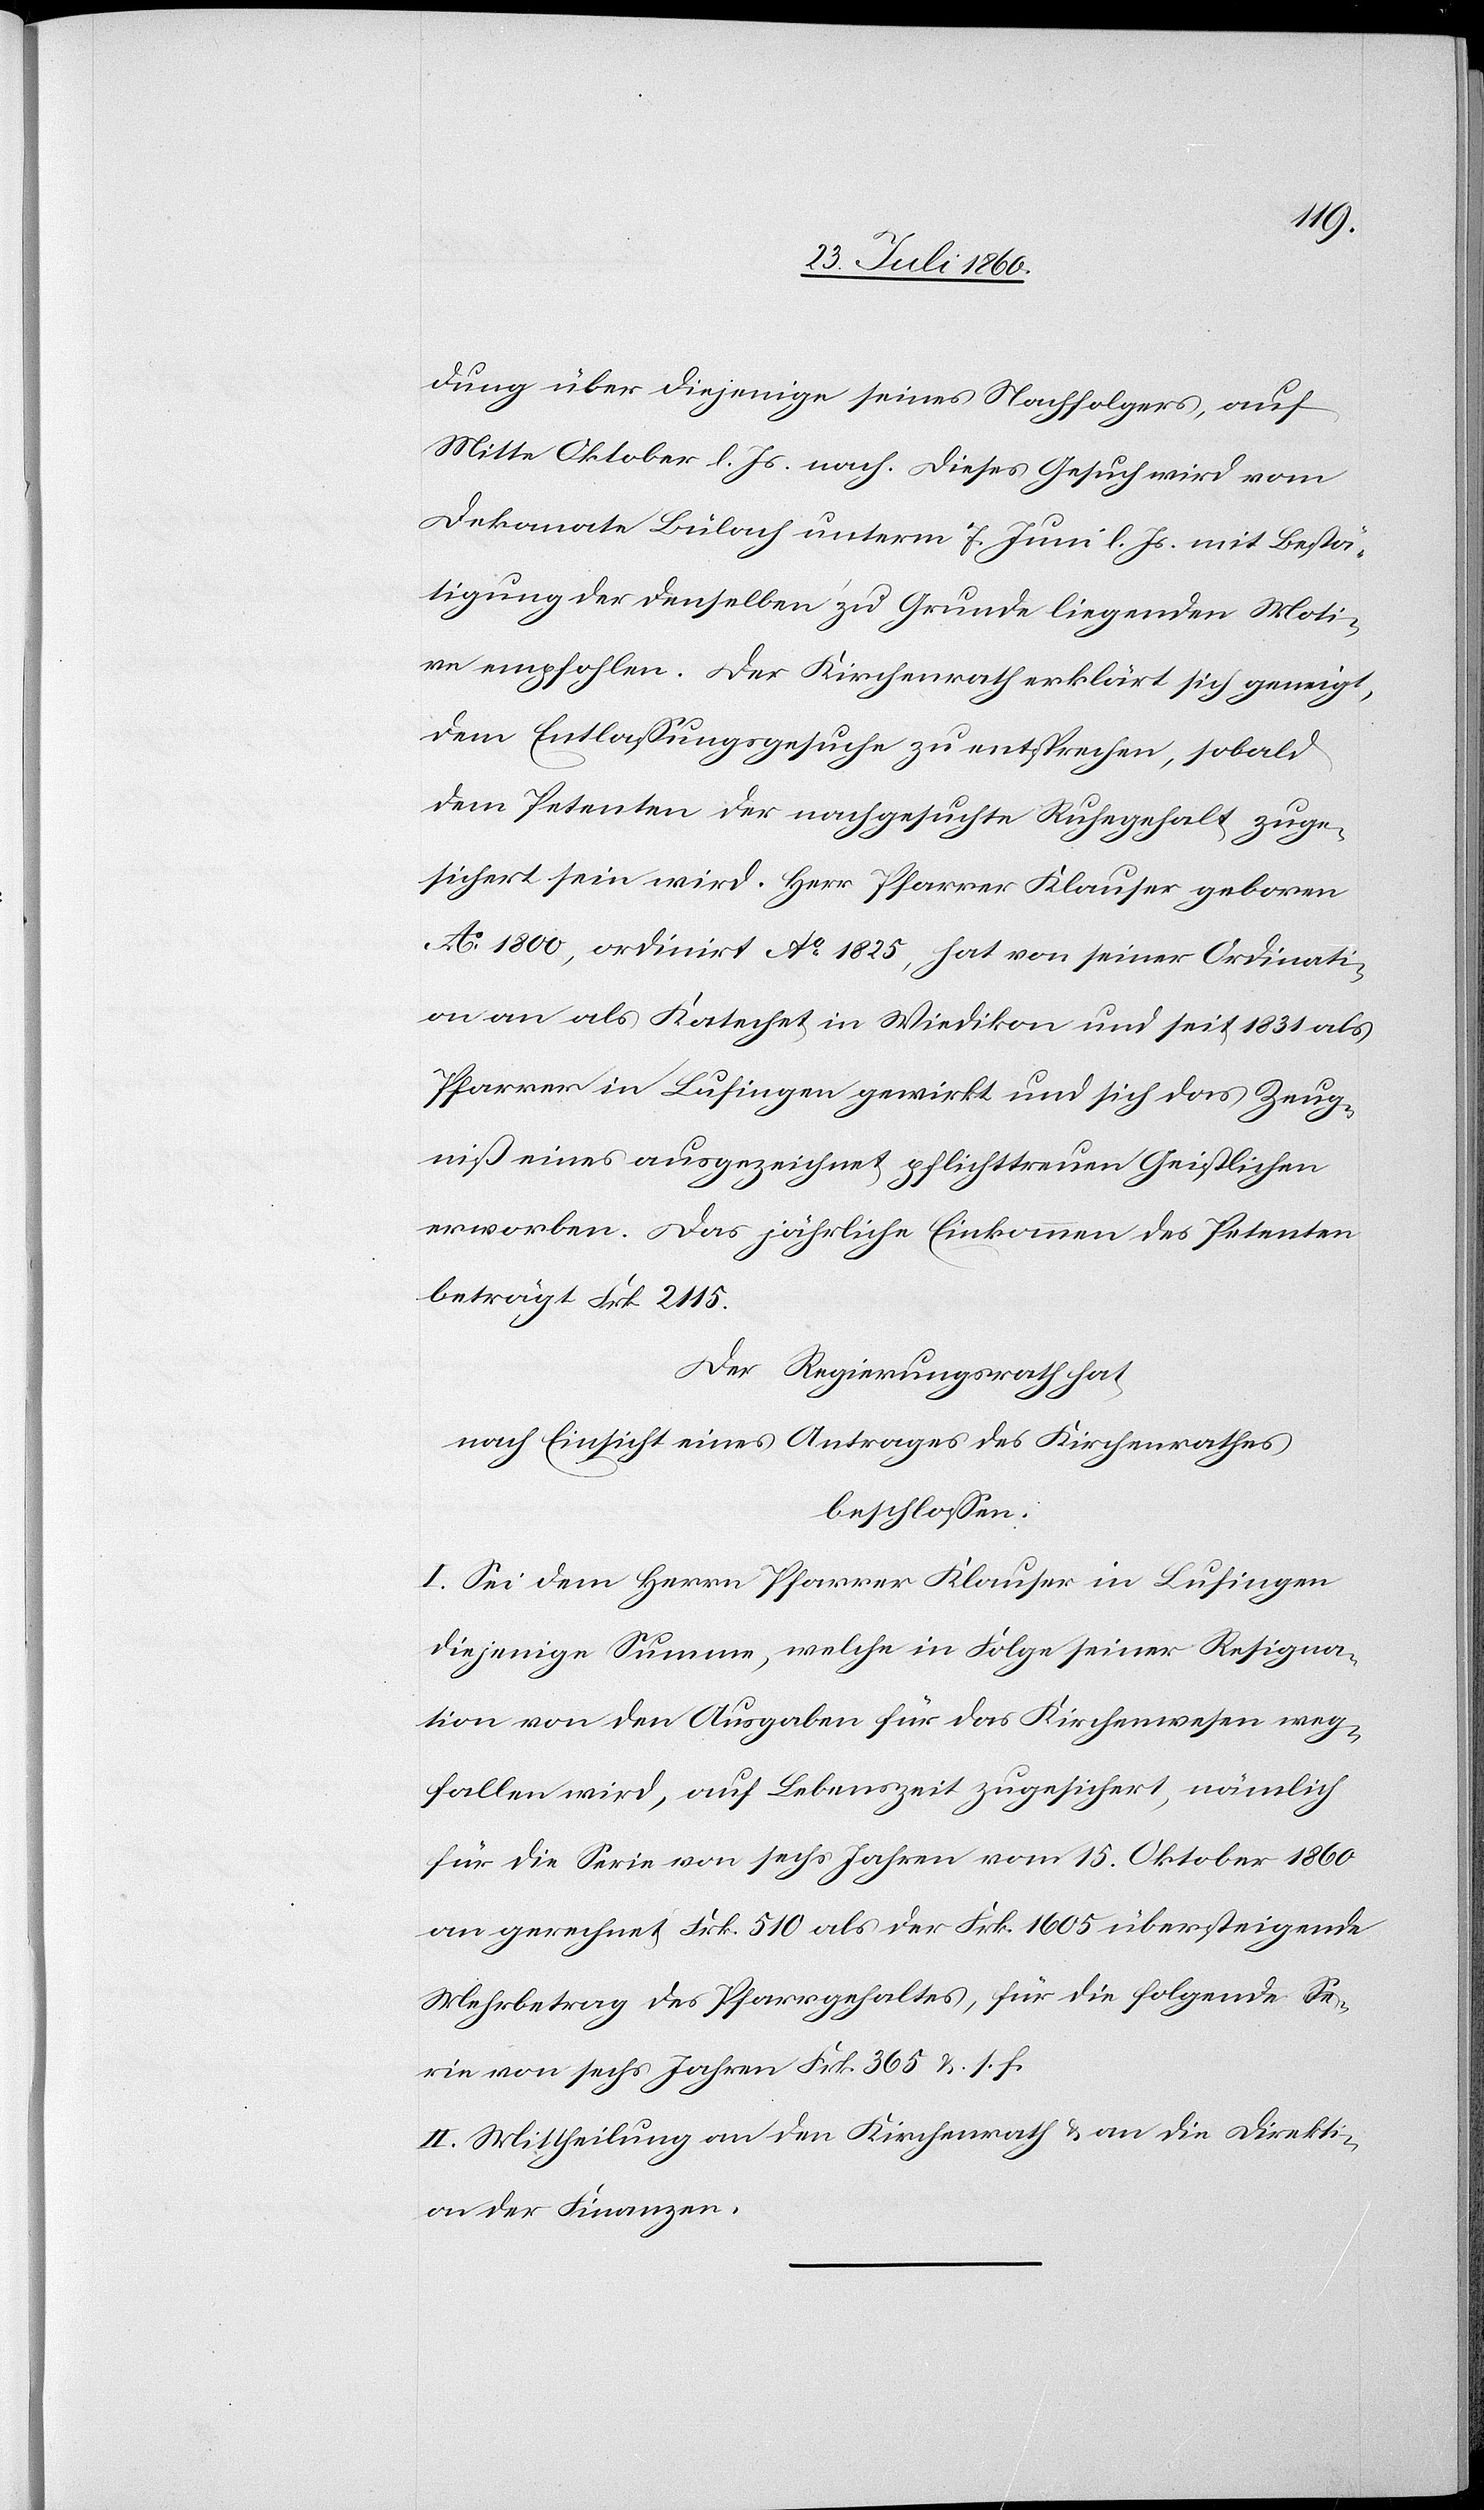
sol¬
dung über diejenigen seines Nachfolgers, auf
Mitte Oktober l. J. nach. Dieses Gesuch wird vom
Dekanate Bülach unterm 7. Juni l. Js. mit Bestä¬
tigung der denselben zu Grunde liegenden Moti¬
ve empfohlen. Der Kirchenrath erklärt sich geneigt,
dem Entlassungsgesuche zu entsprechen sobald
dem Petenten der nachgesuchte Ruhegehalt zuge¬
sichert sein wird. Herr Pfarrer Klauser, geboren
Ao 1800, ordinirt Ao 1825, hat von seiner Ordinati¬
on an als Katechet in Wiedikon und seit 1831 als
Pfarrer in Lufingen gewirkt, und sich das Zeug¬
niss eines ausgezeichnet pflichttreuen Geistlichen
erworben. Das jährliche Einkommen des Petenten
beträgt Frk. 2,115.
Der Regierungsrath hat,
nach Einsicht eines Antrages des Kirchenrathes
beschlossen:
I. Sei dem Herrn Pfarrer Klauser in Lufingen
diejenige Summe, welche in Folge seiner Resigna¬
tion von den Ausgaben für das Kirchenwesen weg¬
fallen wird, auf Lebenszeit zugesichert, nämlich
für die Serie von 6 Jahren vom 15 Oktober 1860
an gerechnet, fcs. 510 als der Frk. 1605 übersteigende
Mehrbetrag des Pfarrgehaltes, für die folgende Se¬
rie von 6 Jahren Frk. 365 u. s. f.
II. Mittheilung an den Kirchenrath und an die Direkti¬
on der Finanzen.